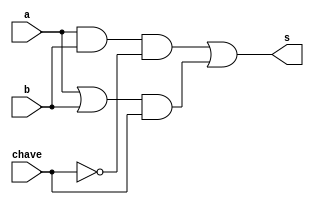
// -------------------------
// Exemplo0032 - LU
// Nome: Breno Macena Pereira de Souza
// -------------------------
// -------------------------
// LU_gate
// -------------------------
module lu (output s, input a, input b, input chave);
   wire s0, s1, s2, s3, s4, s5;

   and AND1(s0, a, b);
   or OR1 (s1, a, b);
   not NOT1 (s2, chave);
   buf BUF2 (s3, chave);
   and AND2 (s4, s0, s2);
   and AND3 (s5, s1, s3);
   or OR2 (s, s4, s5);

endmodule

module lu4 (output [3:0] s, input [3:0] a, input [3:0] b, input chave);

   lu LU1 (s[0], a[0], b[0], chave);
   lu LU2 (s[1], a[1], b[1], chave);
   lu LU3 (s[2], a[2], b[2], chave);
   lu LU4 (s[3], a[3], b[3], chave);

endmodule

module test_LU;
// ------------------------- definir dados
   reg [3:0] x;
   reg [3:0] y;
   reg chave;
   wire [3:0] z;
   lu4 LU (z, x, y, chave);

// ------------------------- parte principal
initial begin
   $display("Exemplo0032 - Breno Macena - 462017");
   $display("Test LU's module");
   x = 4'b0011; y = 4'b0101;
// projetar testes do modulo
   chave = 0;
   $display("chave = ",chave);
   #1 $display("%3b   %3b = %3b",x,y,z);
#1 chave = 1;
   $display("chave = ",chave);
   #1 $display("%3b   %3b = %3b",x,y,z);
end
endmodule // test_LU